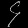
Digit: ၄